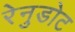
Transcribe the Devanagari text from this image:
रेनुडोट